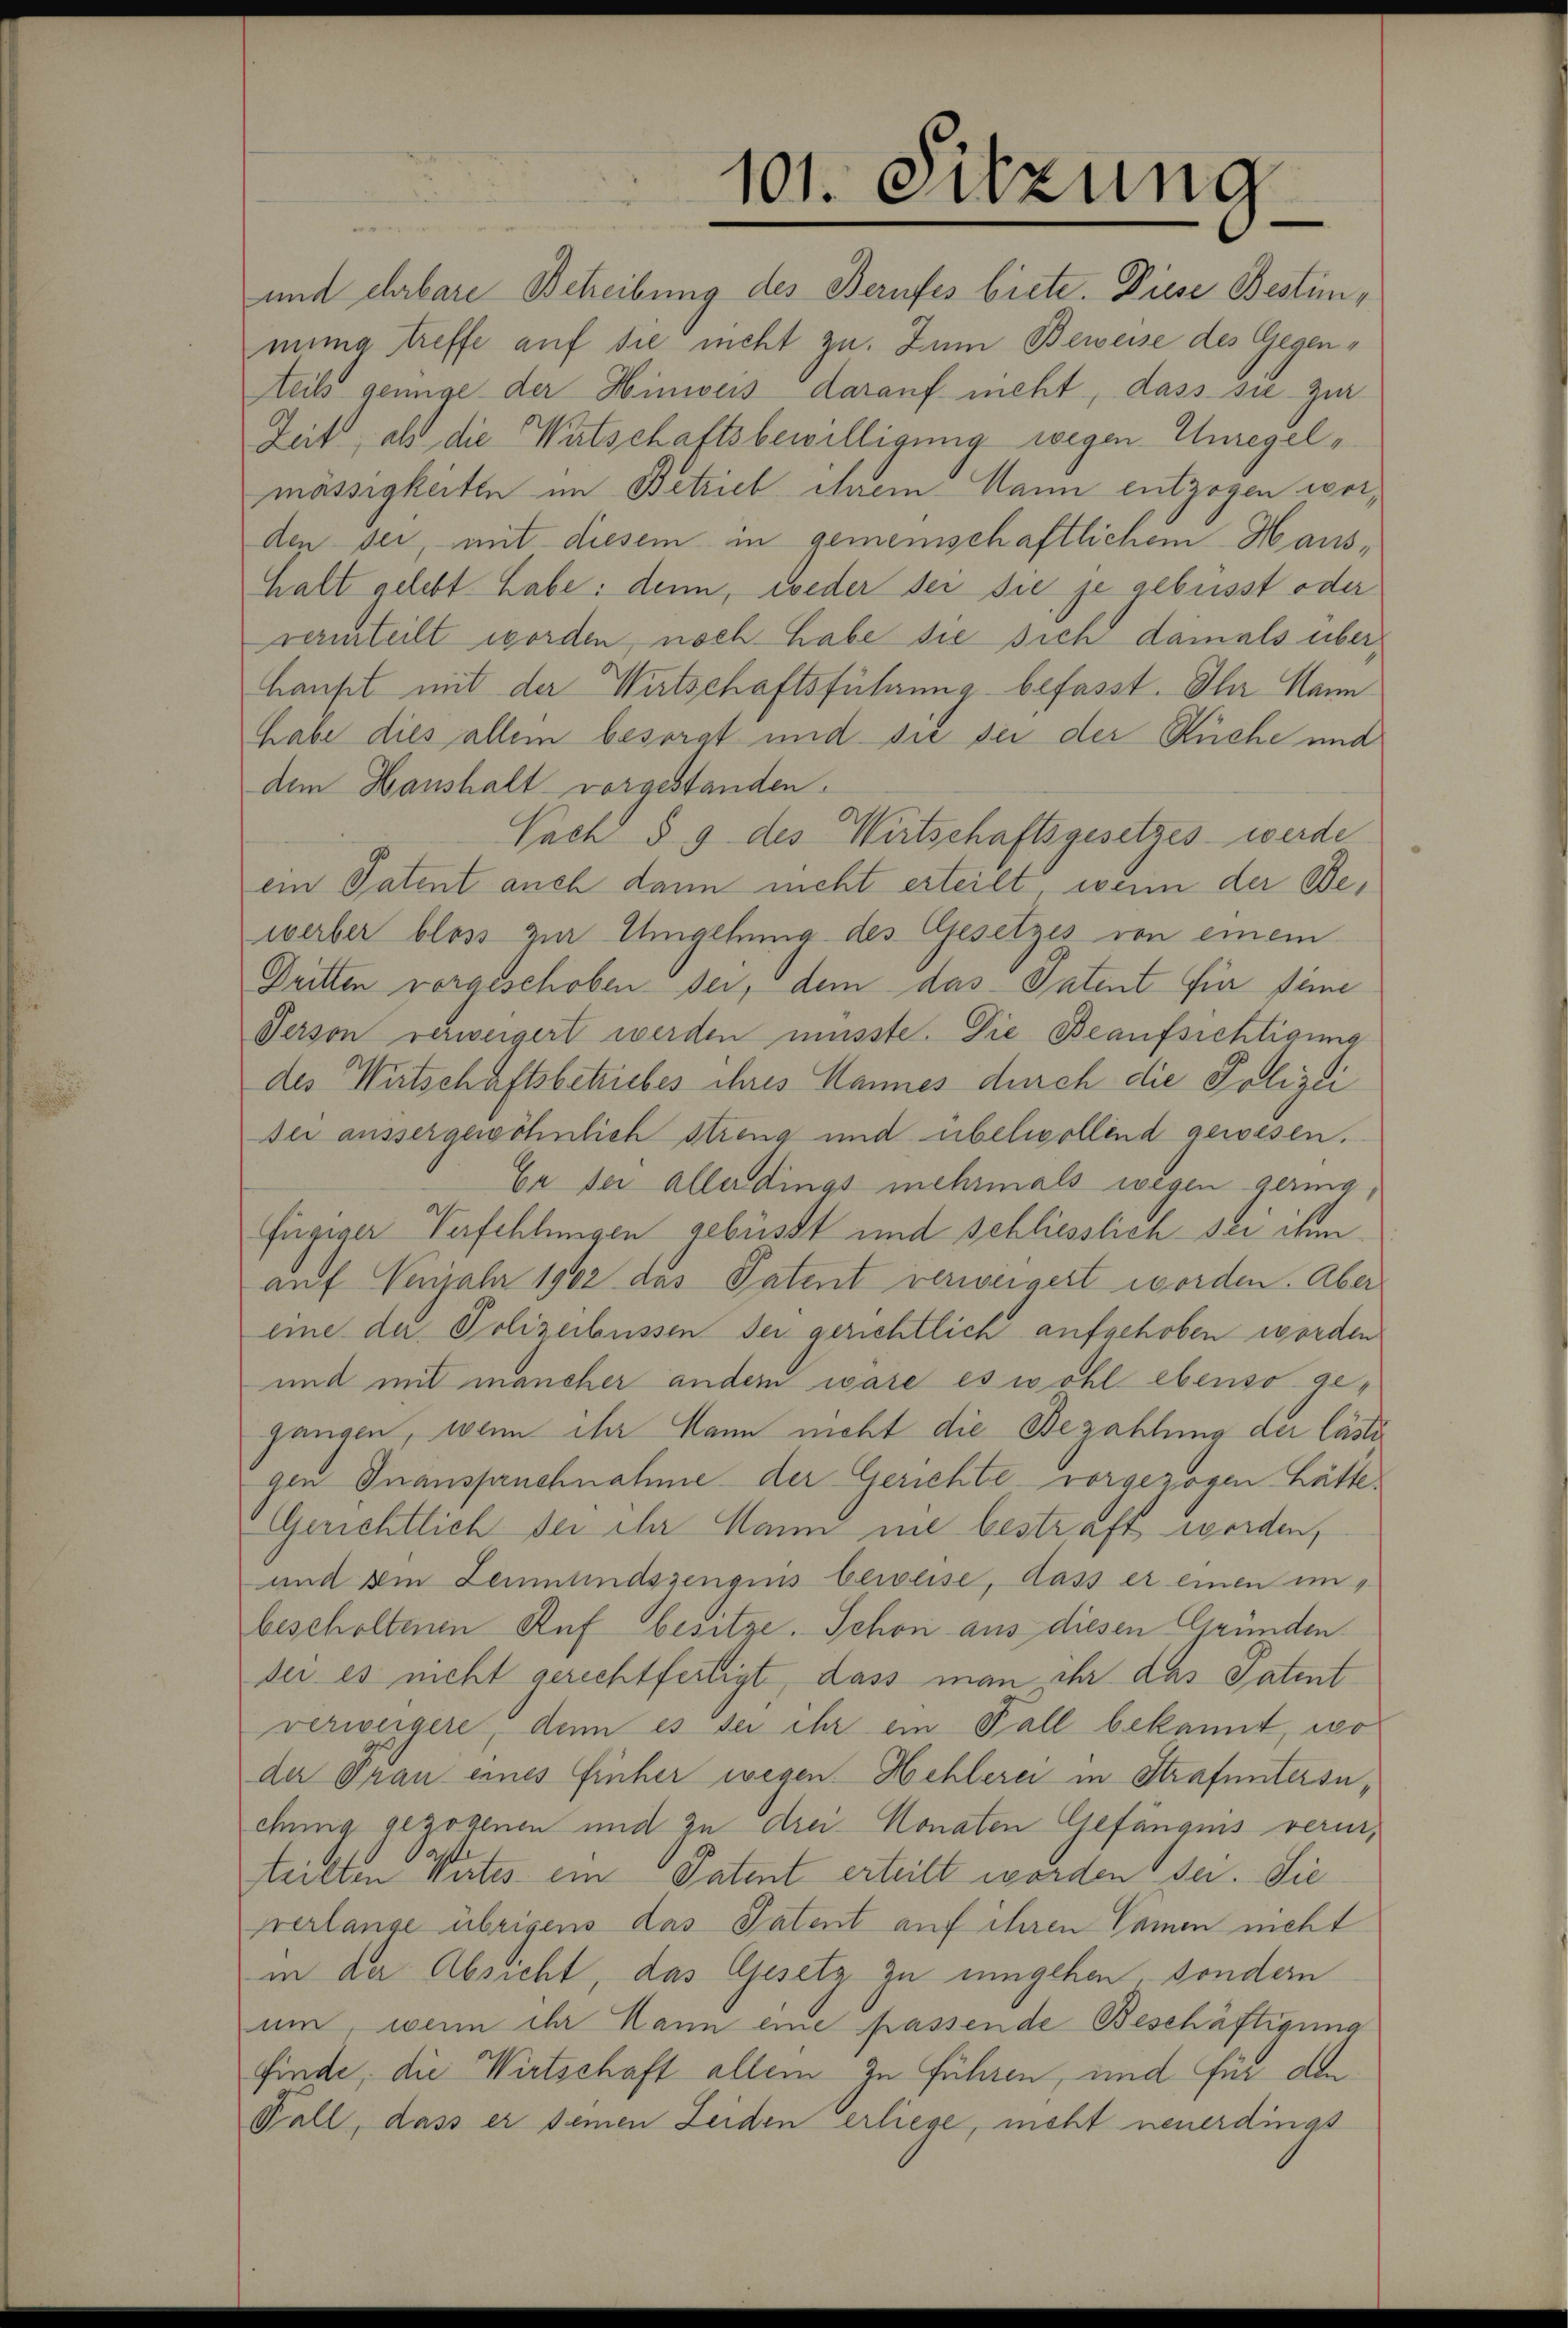
101. Sitzung

und ehrbare Betreibung des Berufes biete. Diese Bestimmung treffe auf die nicht zu. Zum Beweise des Gegenteils genüge der Hinweis darauf nicht, dass sie zur
Zeit, als die Watschaftsbewilligung wegen Unregelmässigkeiten im Betrieb ihrem Mann entzogen worden sei, mit diesem in gemeinschaftlichem Haushalt gelebt habe: denn, wieder der sie je gebüsst oder
vermteilt worden, noch habe die sich damals überhaupt mit der Wirtschaftsführung befasst. Ihr Mannhabe dies allem besorgt und sie sei der Küche und
dem Hanshalt vorgestanden.
Nach § 9 des Wirtschaftsgesetzes werde
ein Patent auch dann nicht erteilt, wenn der Bewerber bloss zur Umgehung des Gesetzes von einem
Dritten vorgeschoben sei, dem das Patent für seine
Person verweigert werden müsste. Die Beaufsichtigung
des Witschaftsbetriebes ihres Mannes durch die Polizei
Der aussergewöhnlich streng und übelwollend gewesen.
Er sei allerdings mehrmals wegen gering,
fügiger Verfehlungen gebüsst und schliesslich sei ihm
auf Verjahr 1902 das Patent verweigert worden. Aber
eine der Polizeibüssen der gerichtlich aufgehoben worden
und mit mancher andern wäre es wohl ebenso gegangen, wenn ihr kann nicht die Bezahlung der lästi
gen Inanspruchnahme der Gerichte vorgezogen hätte
Gerichtlich der ihr Mann nie bestraft werden,
und die Leumundszeugnis beweise, dass er einen im
bescholtenen Ruf besitze. Schon aus diesen Gründen.
der es nicht gerechtfertigt, dass man ihr das Patent
verweigere, denn es der ihr ein Fall bekannt, wo
der Pran eines früher wegen. Hehlerei in Strafuntersuchung gezogenen und zu drei Monaten Gefängnis vermiteilten Wutes ein Patent erteilt worden sei. Sie
verlange übrigens das Patent auf ihren Namen meht
in der Absicht, das Gesetz zu umgehen, sondern
um, wenn ihr Kann eine passende Beschäftigung
finde, die Wirtschaft allem zu führen, und für den
Fall, dass er seinen Leiden erliege, nicht neuerdings